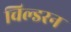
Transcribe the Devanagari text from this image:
चिल्डरन